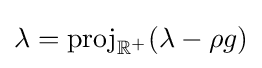
\lambda ={\rm {proj}}_{\mathbb {R} ^{+}}(\lambda -\rho g)